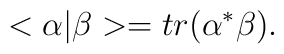
<\alpha\vert\beta> =tr(\alpha^{*}\beta).